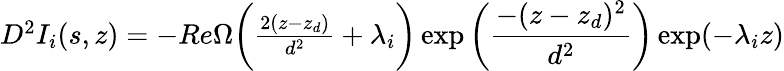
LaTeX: \begin{array}{r}{D^{2}I_{i}(s,z)=-Re\Omega\bigg(\frac{2(z-z_{d})}{d^{2}}+\lambda_{i}\bigg)\exp\bigg(\displaystyle\frac{-(z-z_{d})^{2}}{d^{2}}\bigg)\exp(-\lambda_{i}z)}\end{array}